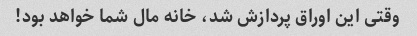
وقتی این اوراق پردازش شد، خانه مال شما خواهد بود!